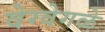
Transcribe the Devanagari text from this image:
वेग्वेगळे